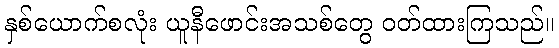
နှစ်ယောက်စလုံး ယူနီဖောင်းအသစ်တွေ ဝတ်ထားကြသည်။